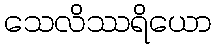
သေလိဿရိယော